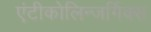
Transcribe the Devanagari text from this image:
एंटीकोलिन्जर्गिक्स